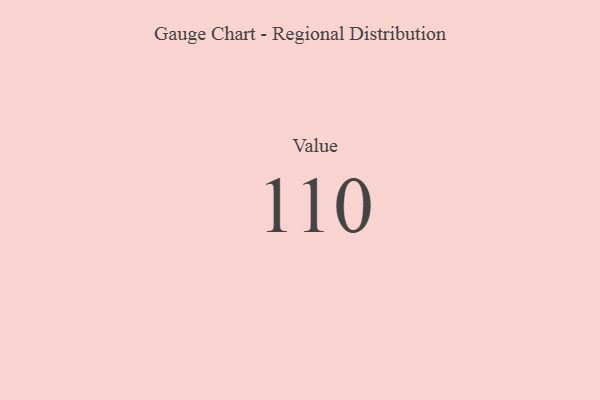
{"axis": {"x": "Metric", "y": "Value"}, "legend": [""], "data": [{"x": "Value", "y": 110, "type": ""}]}